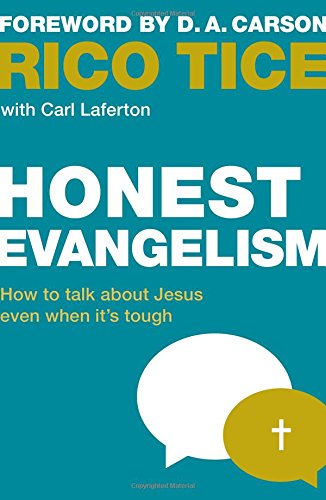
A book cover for Honest Evangelism; Rico Tice; Christian Books & Bibles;